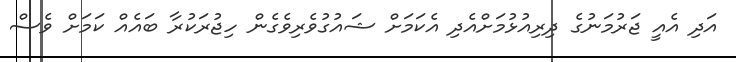
އަދި އެއީ ޖަރުމަނުގެ ދިރިއުޅުމަށްއެދި އެކަމަށް ޝައުގުވެރިވެގެން ހިޖުރަކުރާ ބައެއް ކަމަށް ވެސް